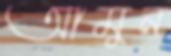
আমুন